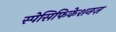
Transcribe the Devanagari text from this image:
स्पेसिफिकेशनज़